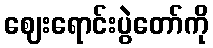
ဈေးရောင်းပွဲတော်ကို